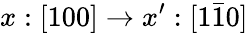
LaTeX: x:[100]\rightarrow x^{\prime}:[1\bar{1}0]